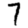
Digit: 7